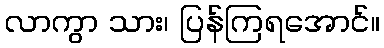
လာကွာ သား၊ ပြန်ကြရအောင်။